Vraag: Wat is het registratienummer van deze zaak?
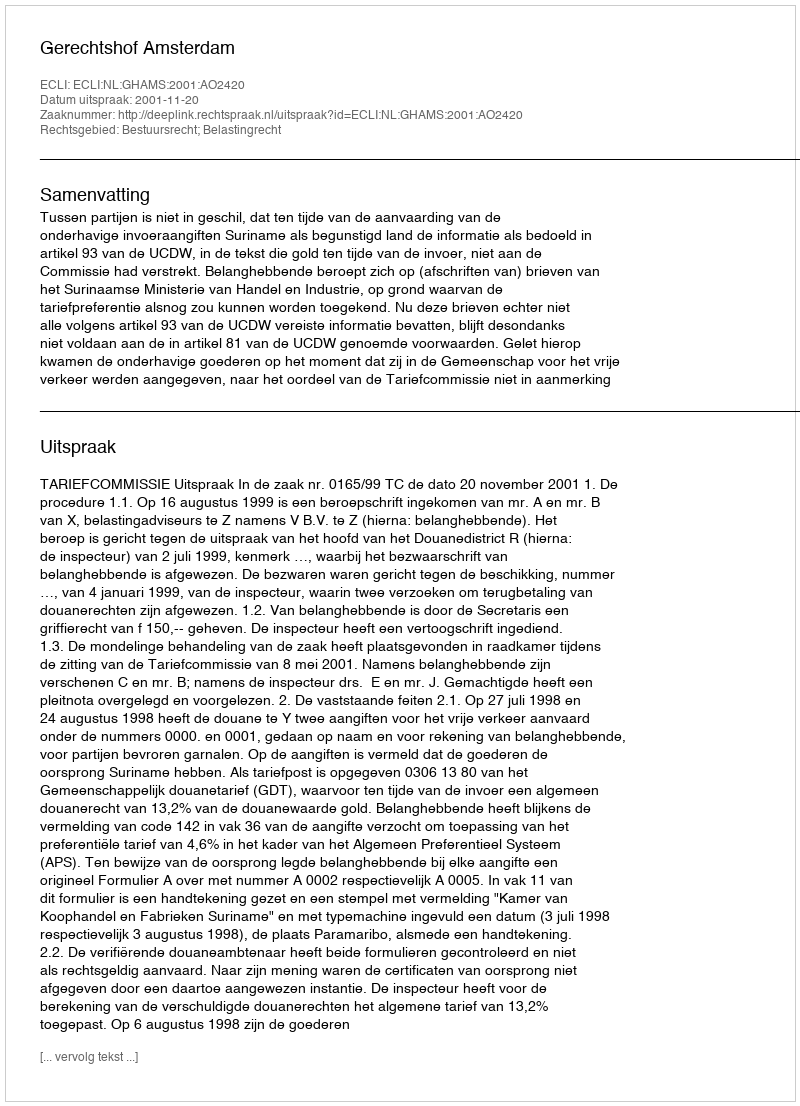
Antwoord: http://deeplink.rechtspraak.nl/uitspraak?id=ECLI:NL:GHAMS:2001:AO2420